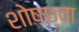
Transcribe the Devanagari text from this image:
शोषछ्वा